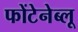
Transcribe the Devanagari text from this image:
फोंटेनेब्लू